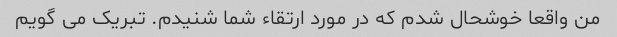
من واقعا خوشحال شدم که در مورد ارتقاء شما شنیدم. تبریک می گویم